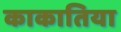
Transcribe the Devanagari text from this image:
काकातिया